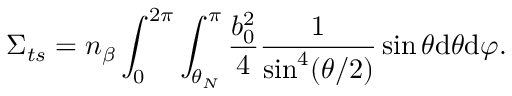
\Sigma _ { t s } = n _ { \beta } \int _ { 0 } ^ { 2 \pi } \int _ { \theta _ { N } } ^ { \pi } \frac { b _ { 0 } ^ { 2 } } { 4 } \frac { 1 } { \sin ^ { 4 } ( \theta / 2 ) } \sin \theta \mathrm { d } \theta \mathrm { d } \varphi .